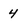
Character: 4